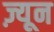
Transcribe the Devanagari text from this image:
ज़्यून